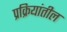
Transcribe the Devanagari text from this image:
प्रक्रियांतील